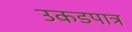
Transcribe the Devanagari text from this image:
उकडपात्र